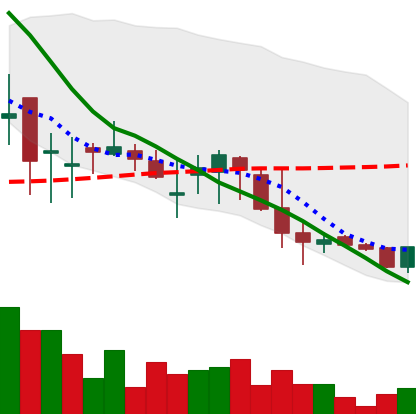
Ticker: DOGE-USD
Chart end date: 2018-05-29
Forward return: 7.361%
Label: up_7plus